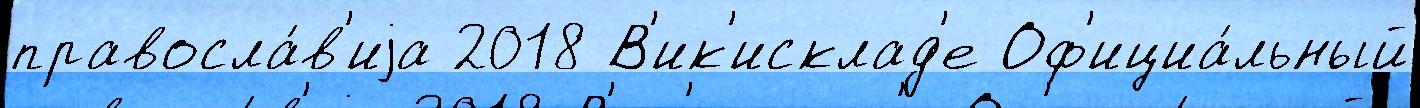
правосла́в'иjа 2018 В'ик'исклад'е Оф'ициа́льный